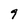
Character: 9